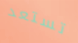
تستعد